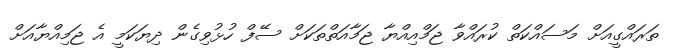
ތަރައްގީއަށް މަސައްކަތް ކުރައްވާ ޖަމްއިއްޔާ ޖަމާއަތްތަކަށް ސޭފް ހުޅުވިގެން ދިޔަކަމީ އެ ޖަމިއްޔާއަށް